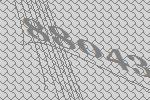
88043